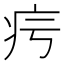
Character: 疞